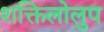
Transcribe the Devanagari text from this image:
शक्तिलोलुप